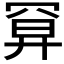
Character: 𢍔